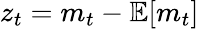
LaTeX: z_{t}=m_{t}-\mathbb{E}[m_{t}]